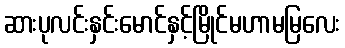
ဆားပုလင်းနှင်းမောင်နှင့်မြိုင်မဟာမမြလေး